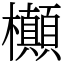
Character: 㰜